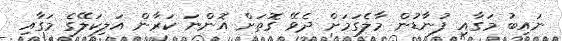
ނައިބު މަގާއި ފުނާޑުން މާލެގަމަށް ދެވޭ ގޮތަށް އޮންނަ ކަރާން އަލިކަލޭގެ މަގާއި